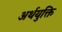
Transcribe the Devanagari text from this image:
अर्थयुक्ति